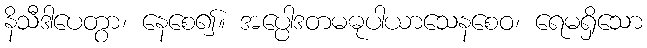
နိသီဒါပေတွာ၊ နေစေ၍။ အပ္ပေါဒတမဓုပါယာသေနစေဝ၊ ရေမရှိသော